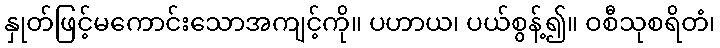
နှုတ်ဖြင့်မကောင်းသောအကျင့်ကို။ ပဟာယ၊ ပယ်စွန့်၍။ ဝစီသုစရိတံ၊